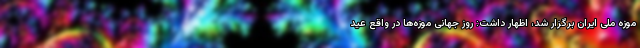
موزه ملی ایران برگزار شد، اظهار داشت: روز جهانی موزه‌ها در واقع عید